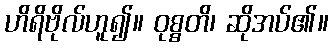
ဟိရိဗိုလ်ဟူ၍။ ဝုစ္စတိ၊ ဆိုအပ်၏။